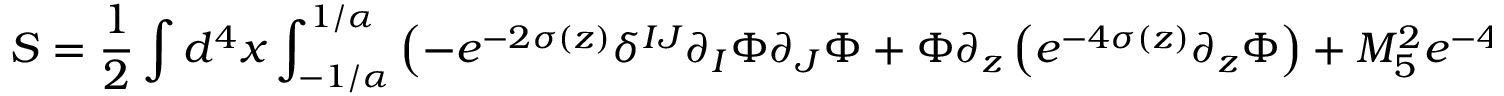
S = \frac { 1 } { 2 } \int d ^ { 4 } x \int _ { - 1 / \alpha } ^ { 1 / \alpha } \left( - e ^ { - 2 \sigma ( z ) } \delta ^ { I J } \partial _ { I } \Phi \partial _ { J } \Phi + \Phi \partial _ { z } \left( e ^ { - 4 \sigma ( z ) } \partial _ { z } \Phi \right) + M _ { 5 } ^ { 2 } e ^ { - 4 \sigma ( z ) } \Phi ^ { 2 } \right)